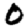
Digit: 0